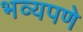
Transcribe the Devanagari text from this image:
भव्यपणे